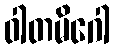
ဝါတမိဂေါ